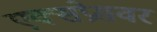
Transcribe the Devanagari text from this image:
एक्सप्रेसवर